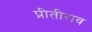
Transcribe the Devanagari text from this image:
प्रीतीराव